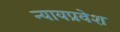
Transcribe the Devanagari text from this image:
न्यायप्रवेश